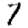
Digit: 7